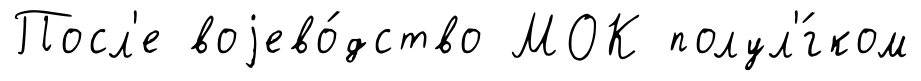
Посл'е воjево́дство МОК полул'́гком